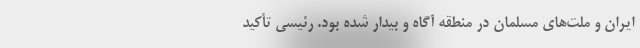
ایران و ملت‌های مسلمان در منطقه آگاه و بیدار شده بود. رئیسی تأکید